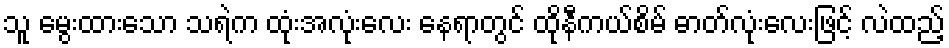
သူ မွေးထားသော သရဲက ထုံးအလုံးလေး နေရာတွင် ထိုနီကယ်စိမ် ဓာတ်လုံးလေးဖြင့် လဲထည့်